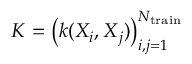
\boldsymbol { K } = \left( k ( \boldsymbol { } X _ { i } , \boldsymbol { X } _ { j } ) \right) _ { i , j = 1 } ^ { { N } _ { \mathrm { t r a i n } } }